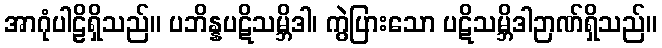
အာဂုံပါဠိရှိသည်။ ပဘိန္နပဋိသမ္ဘိဒါ၊ ကွဲပြားသော ပဋိသမ္ဘိဒါဉာဏ်ရှိသည်။